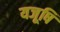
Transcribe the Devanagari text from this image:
यजूषि